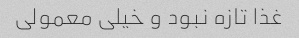
غذا تازه نبود و خیلی معمولی